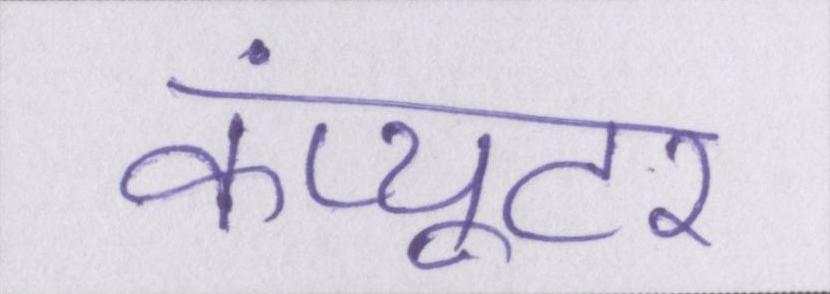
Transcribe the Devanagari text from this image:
कंप्यूटर